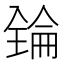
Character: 𠓻